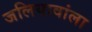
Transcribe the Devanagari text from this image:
जलियावांला